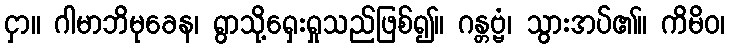
ငှာ။ ဂါမာဘိမုခေန၊ ရွာသို့ရှေးရှုသည်ဖြစ်၍။ ဂန္တဗ္ဗံ၊ သွားအပ်၏။ ကိမိဝ၊